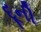
દૂની